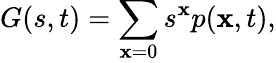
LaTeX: G(s,t)=\sum_{\mathbf{x}=0}s^{\mathbf{x}}p(\mathbf{x},t),